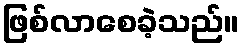
ဖြစ်လာစေခဲ့သည်။